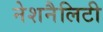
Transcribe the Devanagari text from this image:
नेशनैलिटी